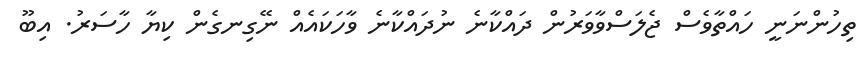
ތިހުންނަނީ ހައްތާވެސް ޖެލަސްވާވަރުން ދައްކާނެ ނުދައްކާނެ ވާހަކައެއް ނޭގިނގެން ކިޔާ ހާސަރު. އިބޫ